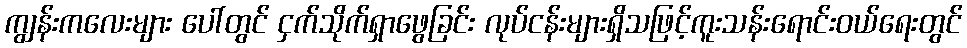
ကျွန်းကလေးများ ပေါ်တွင် ငှက်သိုက်ရှာဖွေခြင်း လုပ်ငန်းများရှိသဖြင့်ကူးသန်းရောင်းဝယ်ရေးတွင်